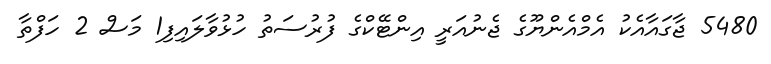
5480 ޖާގައާއެކު އެމްއެންޔޫގެ ޖެނުއަރީ އިންޓޭކްގެ ފުރުސަތު ހުޅުވާލައިފި1 މަސް 2 ހަފްތާ